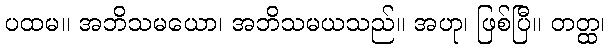
ပထမ။ အဘိသမယော၊ အဘိသမယသည်။ အဟု၊ ဖြစ်ပြီ။ တတ္ထ၊